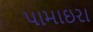
પામાઇરા